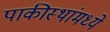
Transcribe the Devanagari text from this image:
पाकीस्थांमध्ये